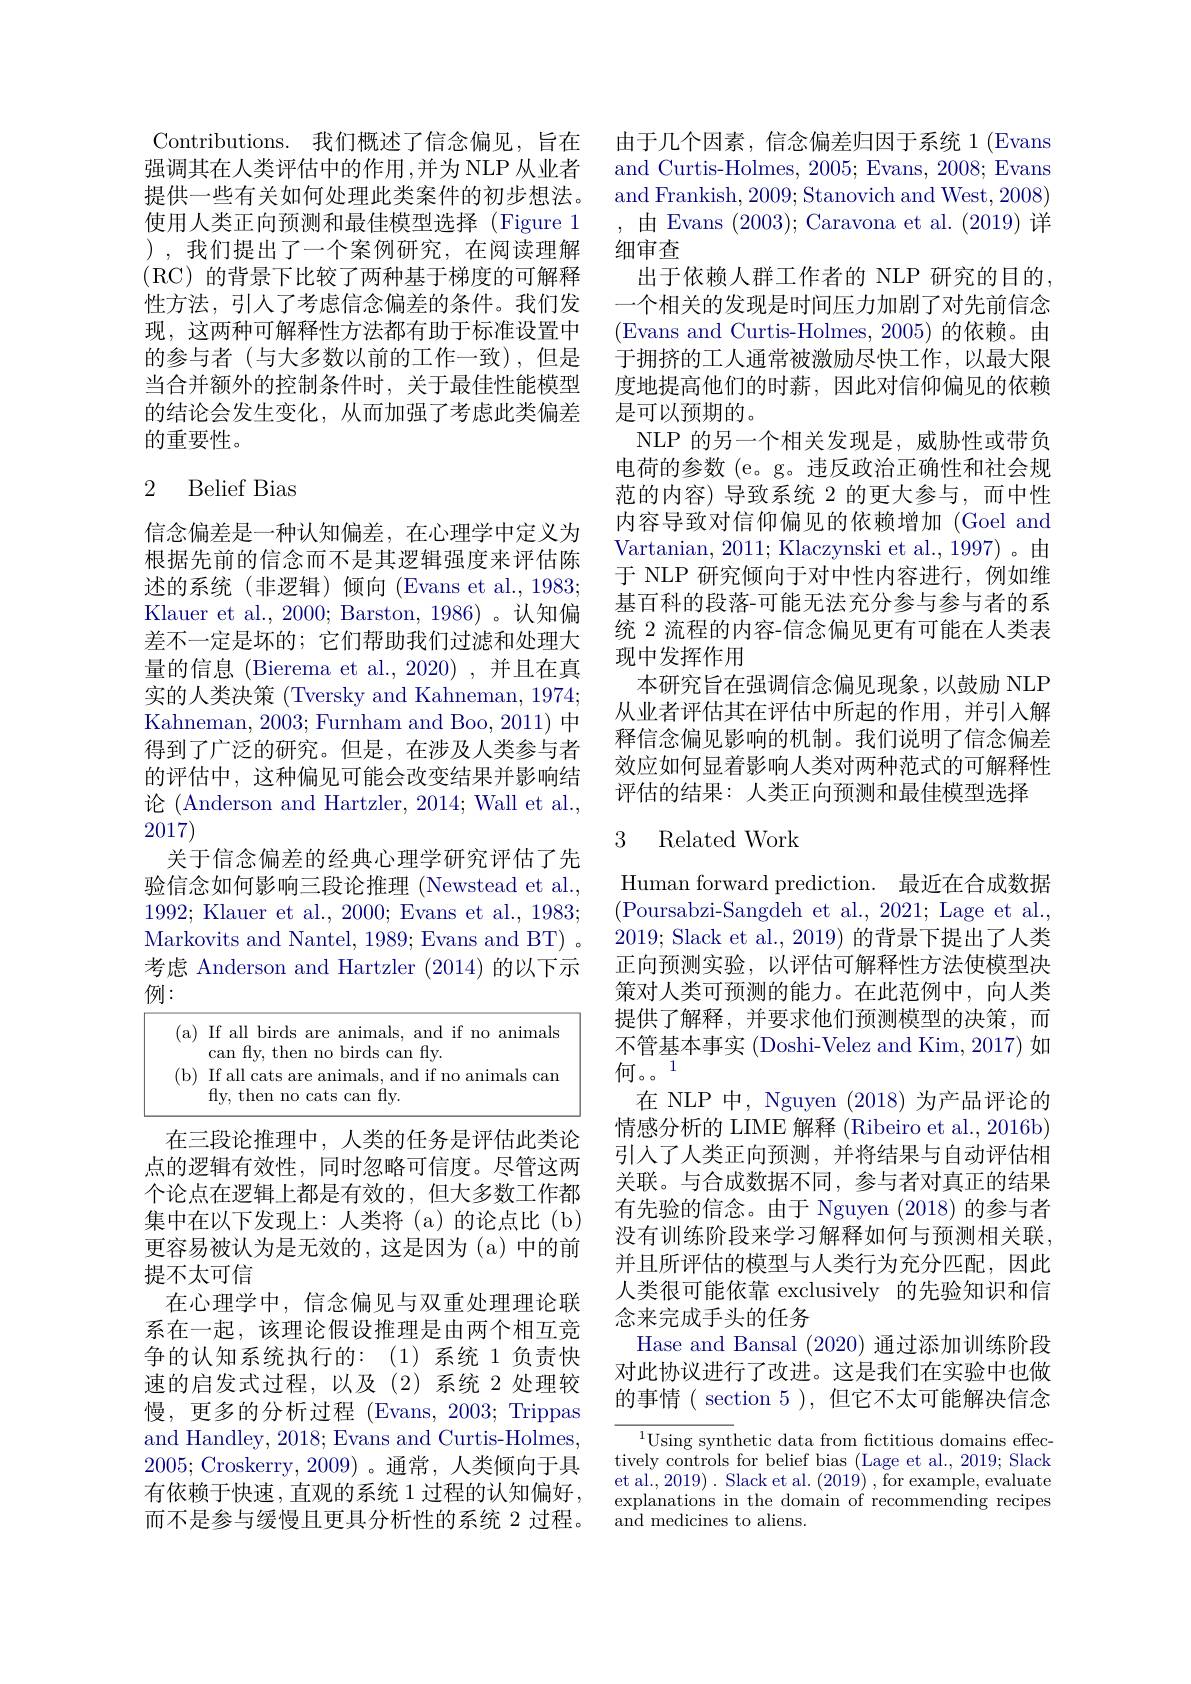
Contributions. 我们概述了信念偏见，旨在强调其在人类评估中的作用，并为 NLP 从业者提供一些有关如何处理此类案件的初步想法。使用人类正向预测和最佳模型选择(Figure 1 ),我们提出了一个案例研究，在阅读理解(RC)的背景下比较了两种基于梯度的可解释性方法，引人了考虑信念偏差的条件。我们发现，这两种可解释性方法都有助于标准设置中的参与者(与大多数以前的工作一致),但是当合并额外的控制条件时，关于最佳性能模型的结论会发生变化，从而加强了考虑此类偏差的重要性。

## 2 Belief Bias

信念偏差是一种认知偏差，在心理学中定义为根据先前的信念而不是其逻辑强度来评估陈述的系统(非逻辑)倾向(Evans et al.,1983; Klauer et al., 2000; Barston, 1986) 。认知偏差不一定是坏的；它们帮助我们过滤和处理大量的信息 (Bierema et al.,2020) ,并且在真实的人类决策 (Tversky and Kahneman, 1974; Kahneman, 2003; Furnham and Boo, 2011) 中得到了广泛的研究。但是，在涉及人类参与者的评估中，这种偏见可能会改变结果并影响结论 (Anderson and Hartzler, 2014; Wall et al., $201\dot{7})$
关于信念偏差的经典心理学研究评估了先验信念如何影响三段论推理 (Newstead et al., 1992; Klauer et al., 2000; Evans et al., 1983; Markovits and Nantel, 1989; Evans and BT) . 考虑 Anderson and Hartzler (2014)的以下示例：

( a) If all birds are animals, and if no animals

can fty, then no birds can ffy.

( b) If all cats are animals, and if no animals can

fly, then no cats can fly.

在三段论推理中，人类的任务是评估此类论点的逻辑有效性，同时忽略可信度。尽管这两个论点在逻辑上都是有效的，但大多数工作都集中在以下发现上：人类将(a)的论点比(b) 更容易被认为是无效的，这是因为(a)中的前提不太可信
在心理学中，信念偏见与双重处理理论联系在一起，该理论假设推理是由两个相互竞争的认知系统执行的：(1)系统1负责快速的启发式过程，以及(2)系统 2 处理较慢，更多的分析过程 (Evans,2003;Trippas and Handley, 2018; Evans and Curtis-Holmes, 2005; Croskerry,2009) 。通常，人类倾向于具有依赖于快速，直观的系统 1 过程的认知偏好， 而不是参与缓慢且更具分析性的系统 2 过程。

由于几个因素，信念偏差归因于系统1(Evans and Curtis-Holmes, 2005; Evans, 2008; Evans and Frankish, 2009; Stanovich and West, 2008) 由 Evans (2003); Caravona et al. (2019)详细审查
出于依赖人群工作者的 NLP 研究的目的一个相关的发现是时间压力加剧了对先前信念(Evans and Curtis-Holmes, 2005)的依赖。由于拥挤的工人通常被激励尽快工作，以最大限度地提高他们的时薪，因此对信仰偏见的依赖是可以预期的。
NLP 的另一个相关发现是，威胁性或带负电荷的参数 (e。g。违反政治正确性和社会规范的内容)导致系统 2 的更大参与，而中性内容导致对信仰偏见的依赖增加 (Goel and Vartanian, 2011; Klaczynski et al., 1997)。由于 NLP 研究倾向于对中性内容进行，例如维基百科的段落-可能无法充分参与参与者的系统 2 流程的内容-信念偏见更有可能在人类表现中发挥作用
本研究旨在强调信念偏见现象，以鼓励 NLP 从业者评估其在评估中所起的作用，并引入解释信念偏见影响的机制。我们说明了信念偏差效应如何显着影响人类对两种范式的可解释性评估的结果：人类正向预测和最佳模型选择

### 3 Related Work

Human forward prediction. 最近在合成数据(Poursabzi-Sangdeh et al., 2021; Lage et al., 2019; Slack et al., 2019) 的背景下提出了人类正向预测实验，以评估可解释性方法使模型决策对人类可预测的能力。在此范例中，向人类提供了解释，并要求他们预测模型的决策，而不管基本事实 (Doshi-Velez and Kim, 2017) 如何。。
在 NLP 中，Nguyen (2018) 为产品评论的情感分析的 LIME 解释 (Ribeiro et al., 2016b) 引人了人类正向预测，并将结果与自动评估相关联。与合成数据不同，参与者对真正的结果有先验的信念。由于 Nguyen (2018)的参与者没有训练阶段来学习解释如何与预测相关联， 并且所评估的模型与人类行为充分匹配，因此人类很可能依靠 exclusively 的先验知识和信念来完成手头的任务
Hase and Bansal (2020)通过添加训练阶段对此协议进行了改进。这是我们在实验中也做的事情( section 5), 但它不太可能解决信念

${^{1}\text{Using synt}}$hetic data from fictitious domains effectively controls for belief bias (Lage et al., 2019; Slack et al., 2019) . Slack et al. (2019) , for example, evaluate explanations in the domain of recommending recipes ${\mathrm{and~medicines~to~aliens.}}$